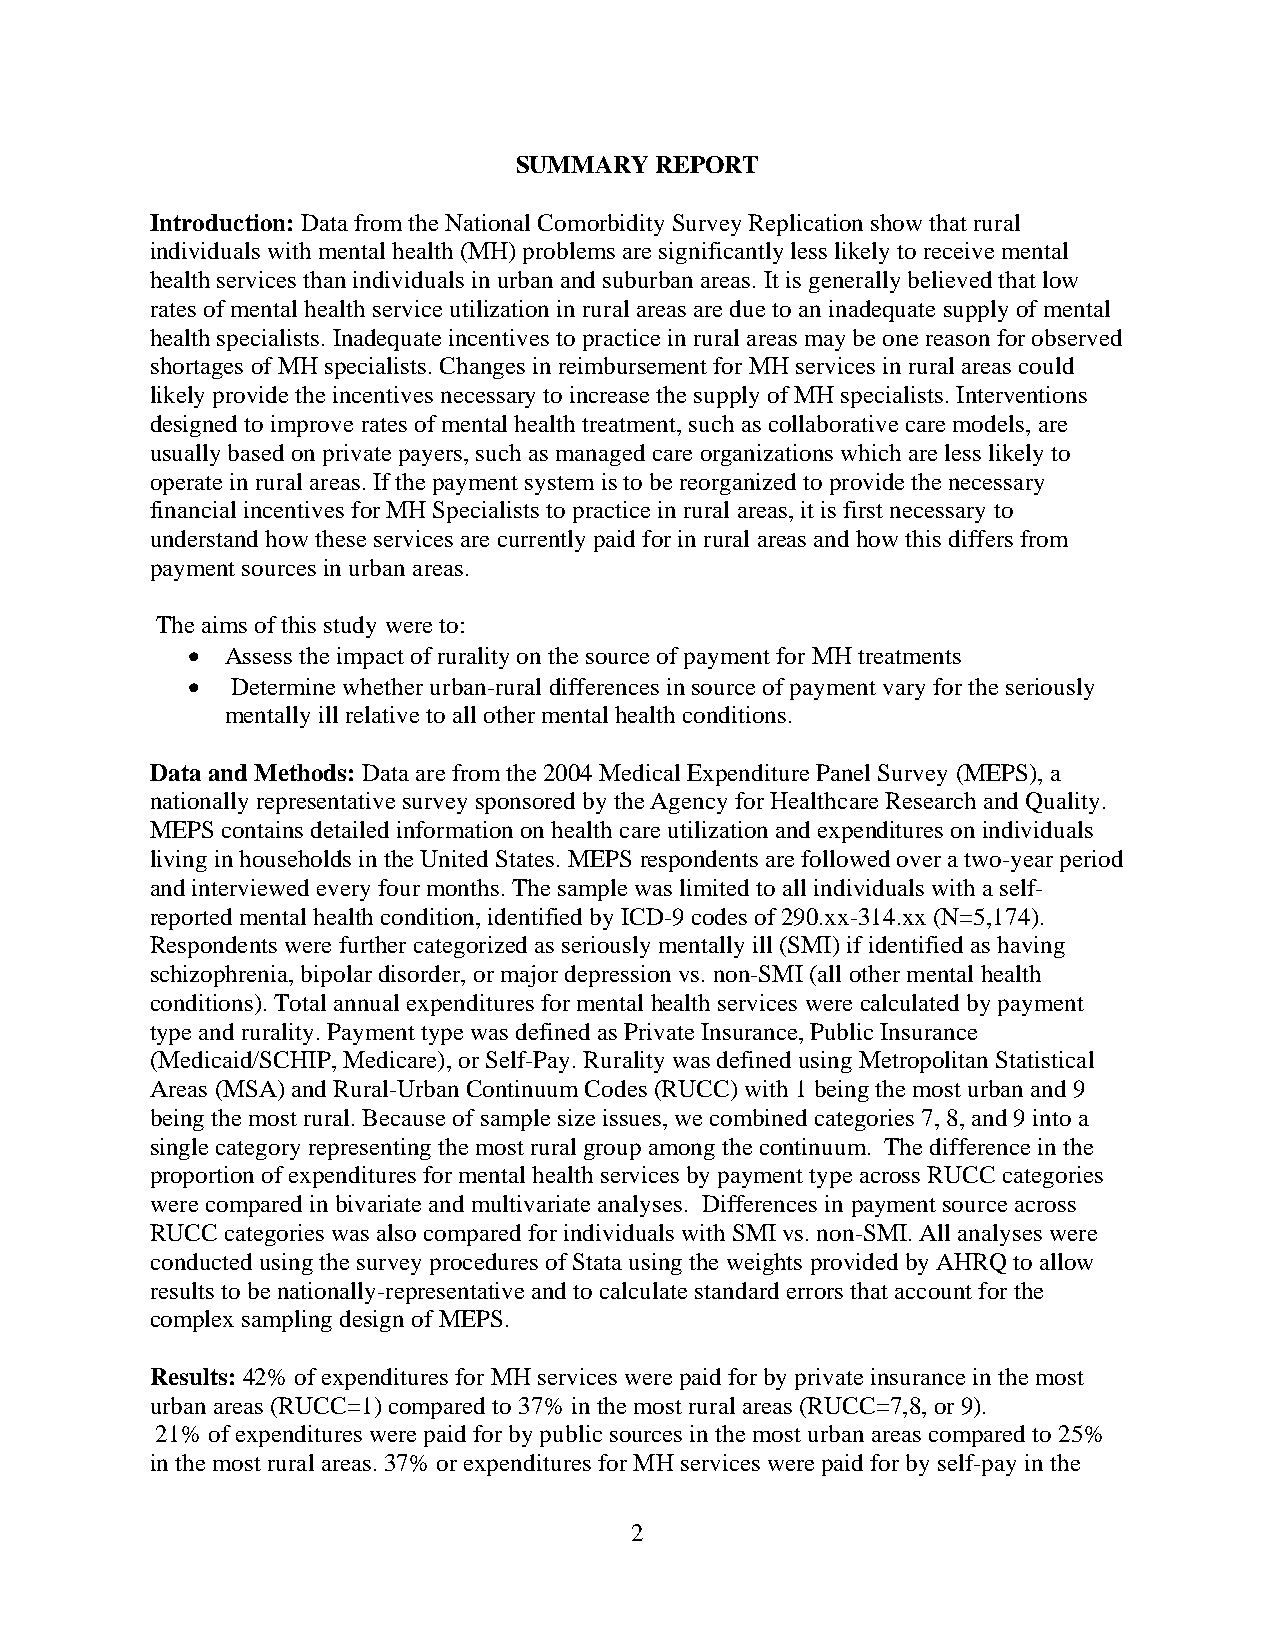
SUMMARY  REPORT
 Introduction: Data from the National Comorbidity Survey Replication show that rural
 individuals with mental health (MH) problems are significantly less likely to receive mental
 health services than individuals in urban and suburban areas. It is generally believed that low
 rates of mental health service utilization in rural areas are due to an inadequate supply of mental
 health specialists. Inadequate incentives to practice in rural areas may be one reason for observed
 shortages of MH specialists. Changes in reimbursement for MH services in rural areas could
 likely provide the incentives necessary to increase the supply of MH specialists. Interventions
 designed to improve rates of mental health treatment, such as collaborative care models, are
 usually based on private payers, such as managed care organizations which are less likely to
 operate in rural areas. If the payment system is to be reorganized to provide the necessary
 financial incentives for MH Specialists to practice in rural areas, it is first necessary to
 understand how these services are currently paid for in rural areas and how this differs from
 payment sources in urban areas.
 The aims of this study were to:
 •  Assess the impact of rurality on the source of payment for MH treatments
 •  Determine whether urban-rural differences in source of payment vary for the seriously
 mentally ill relative to all other mental health conditions.
 Data and Methods: Data are from the 2004 Medical Expenditure Panel Survey (MEPS), a
 nationally representative survey sponsored by the Agency for Healthcare Research and Quality.
 MEPS contains detailed information on health care utilization and expenditures on individuals
 living in households in the United States. MEPS respondents are followed over a two-year period
 and interviewed every four months. The sample was limited to all individuals with a self-
 reported mental health condition, identified by ICD-9 codes of 290.xx-314.xx (N=5,174).
 Respondents were further categorized as seriously mentally ill (SMI) if identified as having
 schizophrenia, bipolar disorder, or major depression vs. non-SMI (all other mental health
 conditions). Total annual expenditures for mental health services were calculated by payment
 type and rurality. Payment type was defined as Private Insurance, Public Insurance
 (Medicaid/SCHIP, Medicare), or Self-Pay. Rurality was defined using Metropolitan Statistical
 Areas (MSA) and Rural-Urban Continuum Codes (RUCC) with 1 being the most urban and 9
 being the most rural. Because of sample size issues, we combined categories 7, 8, and 9 into a
 single category representing the most rural group among the continuum. The difference in the
 proportion of expenditures for mental health services by payment type across RUCC categories
 were compared in bivariate and multivariate analyses. Differences in payment source across
 RUCC categories was also compared for individuals with SMI vs. non-SMI. All analyses were
 conducted using the survey procedures of Stata using the weights provided by AHRQ to allow
 results to be nationally-representative and to calculate standard errors that account for the
 complex sampling design of MEPS.
 Results: 42% of expenditures for MH services were paid for by private insurance in the most
 urban areas (RUCC=1) compared to 37% in the most rural areas (RUCC=7,8, or 9).
 21% of expenditures were paid for by public sources in the most urban areas compared to 25%
 in the most rural areas. 37% or expenditures for MH services were paid for by self-pay in the
 2